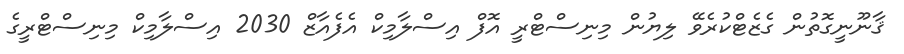
ޤާނޫނީގޮތުން ގެޒެޓްކުރެވޭ ލިޔުން މިނިސްޓްރީ އޮފް އިސްލާމިކް އެފެއާޒް 2030 އިސްލާމިކް މިނިސްޓްރީގެ